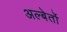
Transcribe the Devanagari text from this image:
अल्बेर्तो